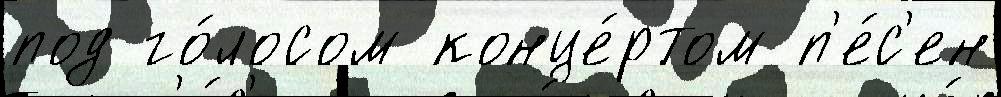
под го́лосом конце́ртом п'е́с'ен